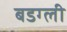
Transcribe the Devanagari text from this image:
बडग्ली